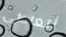
أتعاطى